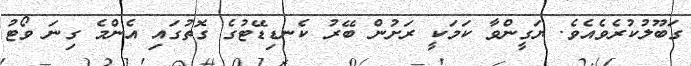
ގަބޫލުކުރެވެއެވެ. ޔަގީންވާ ކަމަކީ ރަށުން ބޭރު ކެނޑިޑޭޓުގެ ގޮތުގައި އެންމެ ގިނަ ވޯޓު